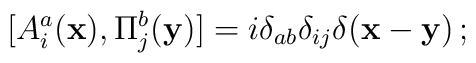
[A^a_i({\bf x}), \Pi^b_j({\bf y})] =i\delta_{ab}\delta_{ij}\delta({\bf x-y})\,;